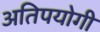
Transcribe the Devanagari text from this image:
अतिपयोगी